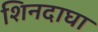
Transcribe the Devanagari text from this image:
शिनदाघा